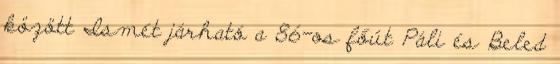
között Ismét járható a 86-os főút Páli és Beled